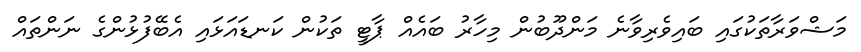
މަޝްވަރާތަކުގައި ބައިވެރިވާނެ މަންދޫބުން މިހާރު ބައެއް ޕާޓީ ތަކުން ކަނޑައަޅައި އެބޭފުޅުންގެ ނަންތައް